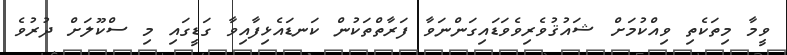
ވީމާ މިތަކެތި ވިއްކުމަށް ޝައުޤުވެރިވެވަޑައިގަންނަވާ ފަރާތްތަކުން ކަނޑައެޅިފާއިވާ ގަޑީގައި މި ސްކޫލަށް ދުރުވެ